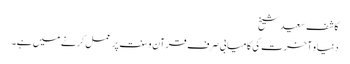
کاشف سعید شیخ
دنیا و آخرت کی کامیابی صرف قرآن و سنت پر عمل کرنے میں ہے۔